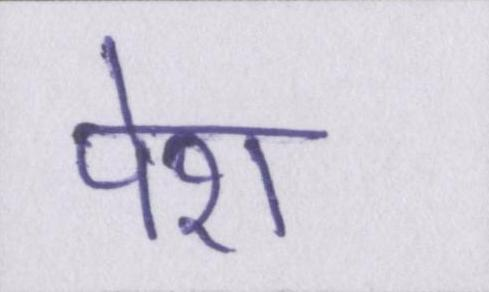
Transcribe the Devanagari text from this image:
पेश